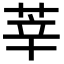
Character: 莘